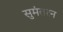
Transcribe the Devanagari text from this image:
सुमंतरन